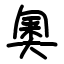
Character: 奧